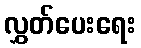
လွှတ်ပေးရေး